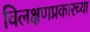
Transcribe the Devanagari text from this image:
विलक्षणप्रकारच्या